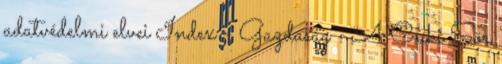
adatvédelmi elvei Index - Gazdaság - A Csíki Sör